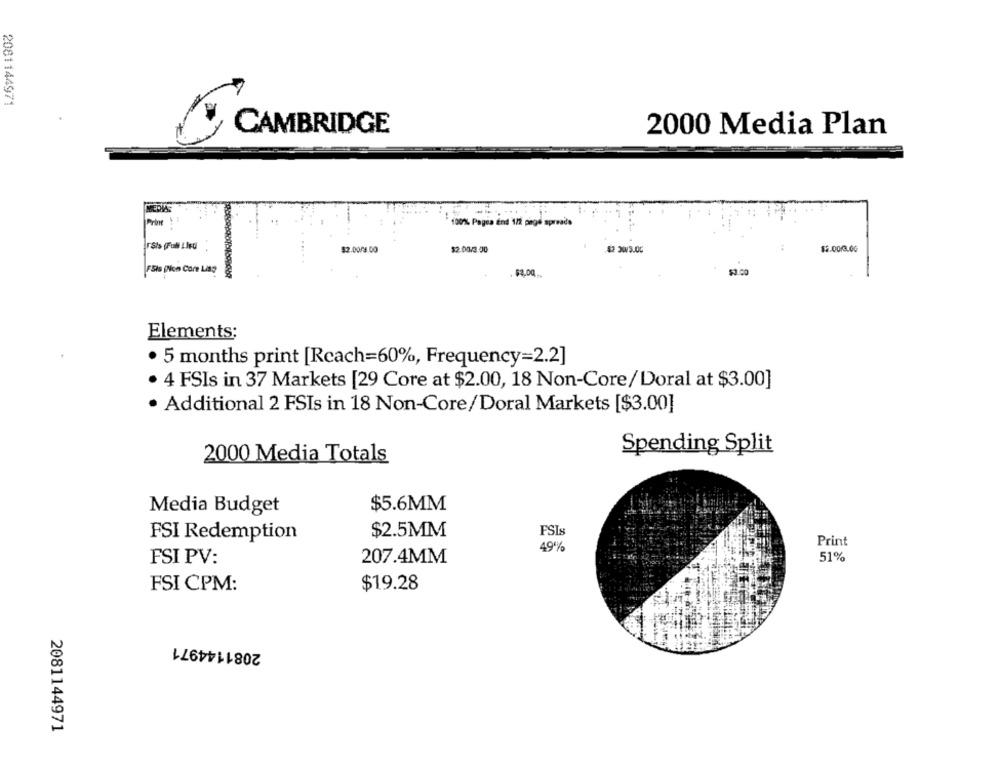
2081144971
CAMBRIDGE
2000 Media Plan
Print
100% Pagos End 1/1 page spreads
$2.00/4.00
$2.00/3.00
$2 33.00
$2.00/3.0G
FSIs Plon Come Lit?
$3.00.
Elements;
. 5 months print [Reach=60%, Frequency=2.2]
4 FSIs in 37 Markets [29 Core at $2.00, 18 Non-Core/ Doral at $3.00]
· Additional 2 FSIs in 18 Non-Core/Doral Markets [$3.00]
Spending Split
2000 Media Totals
Media Budget
$5.6MM
FSI Redemption
$2.5MM
FSIs
Print
49%
FSI PV:
51%
207.4MM
FSI CPM:
$19.28
2081144971
2081144971